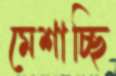
মেশাচ্ছি